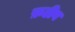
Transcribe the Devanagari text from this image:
फ़टीग